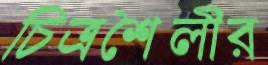
চিত্রশৈলীর